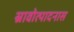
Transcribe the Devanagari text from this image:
स्रावोत्पादनास